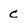
Character: c